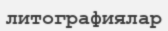
литографиялар